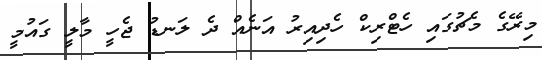
މިރޭގެ މެޗުގައި ހެޓްރިކް ހެދިއިރު އަނެއް ދެ ލަނޑު ޖެހީ މާލީ ގައުމީ